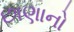
છાણાનો